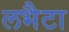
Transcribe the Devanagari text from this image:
लभैटा